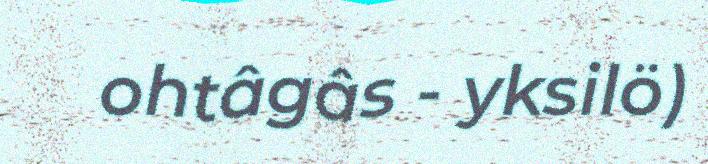
ohtâgâs - yksilö)